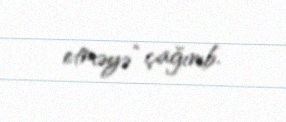
etməyə” çağırıb.